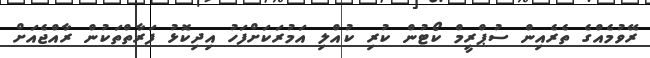
ރޭވުމެއްގެ ތެރެއިން ސުޕްރީމް ކޯޓުން ކުރި ކުއްލި އަމުރަކަށްފަހު އިދިކޮޅު ފަރާތްތަކުން ރާއްޖެއަށް